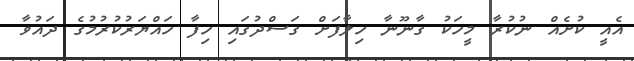
އެއީ ކުށެއް ނުކުރާ މީހަކު ގާނޫނާ ހިލާފަށް ގަސްދުގައި ހިފާ ހައްޔަރުކުރުމުގެ ދައުވާ